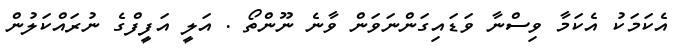
އެކަމަކު އެކަމާ ވިސްނާ ވަޑައިގަންނަވަން ވާނެ ނޫންތޯ . އަލީ އަފީފްގެ ނުރައްކަލުން